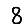
Digit: 8